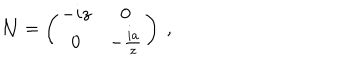
{ \cal N } = \left( \begin{matrix} { { - i z } } & { { 0 } } \\ { { 0 } } & { { - \frac { i a } { z } } } \\ \end{matrix} \right) \ ,